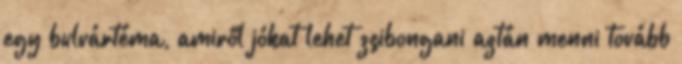
egy bulvártéma, amiről jókat lehet zsibongani aztán menni tovább